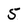
Character: 5